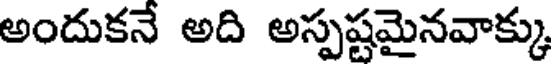
అందుకనే అది అస్పష్టమైనవాక్కు